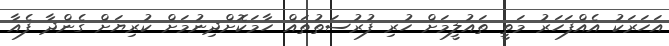
އަހަރަކު އެއްފަހަރު މަތީ ތައުލީމަށް ހުރި ފުރުސަތުތައް ހާމަކޮށްދިނުމަށް ކުރިޔަށް ގެންދާ ފެއާ